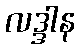
လဒ္ဒါန